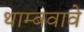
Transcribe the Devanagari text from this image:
थाम्बवावे